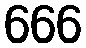
666